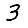
Digit: 3